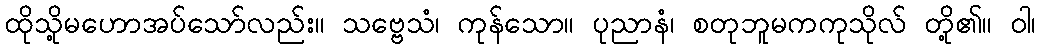
ထိုသို့မဟောအပ်သော်လည်း။ သဗ္ဗေသံ၊ ကုန်သော။ ပုညာနံ၊ စတုဘူမကကုသိုလ် တို့၏။ ဝါ၊